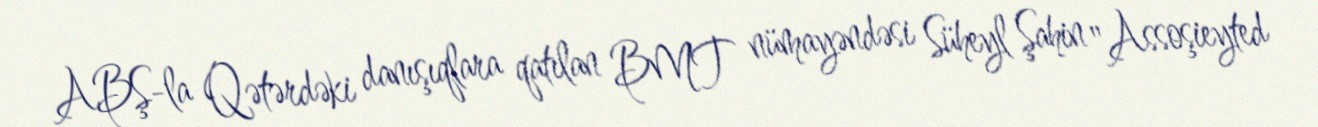
ABŞ-la Qətərdəki danışıqlara qatılan BMT nümayəndəsi Süheyl Şahin "Assoşieyted